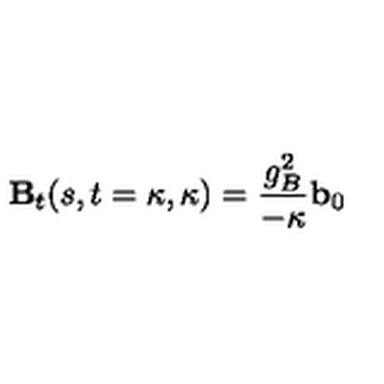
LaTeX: { \mathbf B } _ { t } ( s , t = \kappa , \kappa ) = \frac { g _ { B } ^ { 2 } } { - \kappa } { \mathbf b } _ { 0 }